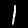
Digit: 1